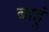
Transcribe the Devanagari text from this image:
बाहुं